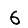
Digit: 6